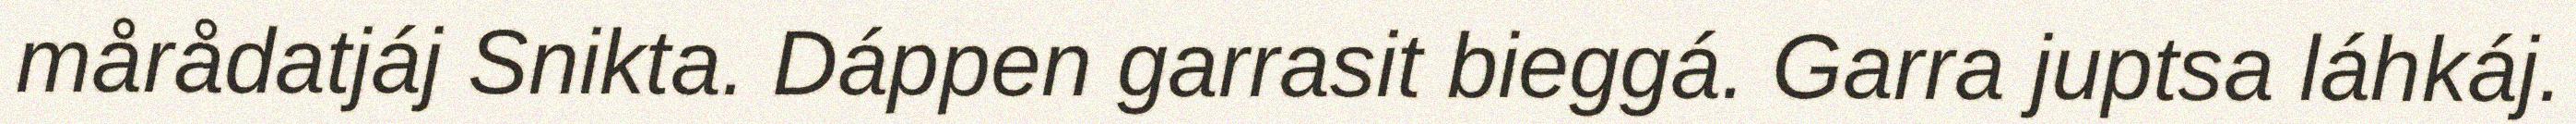
mårådatjáj Snikta. Dáppen garrasit bieggá. Garra juptsa láhkáj.